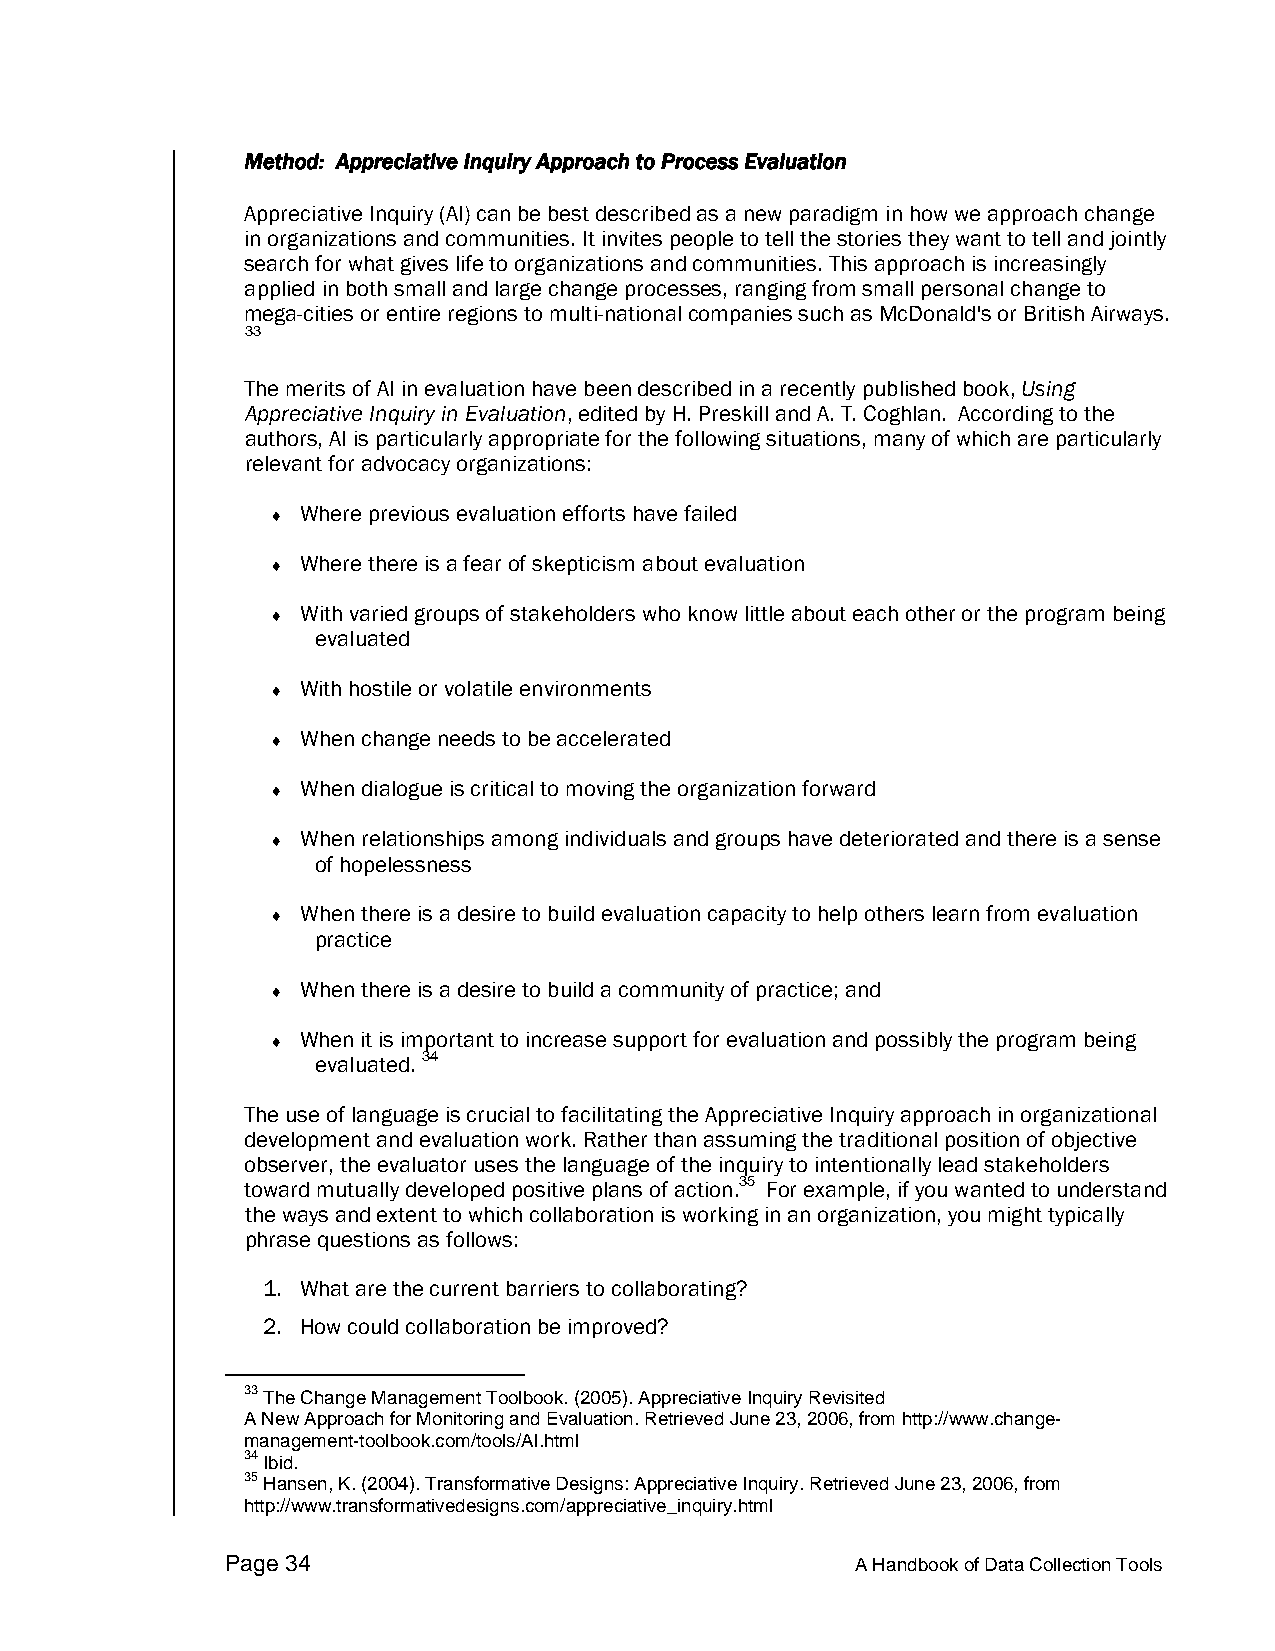
Method: Appreciative Inquiry Approach to Process Evaluation
 Appreciative Inquiry (AI) can be best described as a new paradigm in how we approach change
 in organizations and communities. It invites people to tell the stories they want to tell and jointly
 search for what gives life to organizations and communities. This approach is increasingly
 applied in both small and large change processes, ranging from small personal change to
 mega-cities or entire regions to multi-national companies such as McDonald's or British Airways.
 33
 The merits of AI in evaluation have been described in a recently published book, Using
 Appreciative Inquiry in Evaluation, edited by H. Preskill and A. T. Coghlan. According to the
 authors, AI is particularly appropriate for the following situations, many of which are particularly
 relevant for advocacy organizations:
 ♦ Where previous evaluation efforts have failed
 ♦ Where there is a fear of skepticism about evaluation
 ♦ With varied groups of stakeholders who know little about each other or the program being
 evaluated
 ♦ With hostile or volatile environments
 ♦ When change needs to be accelerated
 ♦ When dialogue is critical to moving the organization forward
 ♦ When relationships among individuals and groups have deteriorated and there is a sense
 of hopelessness
 ♦ When there is a desire to build evaluation capacity to help others learn from evaluation
 practice
 ♦ When there is a desire to build a community of practice; and
 ♦ When it is important to increase support for evaluation and possibly the program being
 evaluated. 34
 The use of language is crucial to facilitating the Appreciative Inquiry approach in organizational
 development and evaluation work. Rather than assuming the traditional position of objective
 observer, the evaluator uses the language of the inquiry to intentionally lead stakeholders
 toward mutually developed positive plans of action.35 For example, if you wanted to understand
 the ways and extent to which collaboration is working in an organization, you might typically
 phrase questions as follows:
 1. What are the current barriers to collaborating?
 2. How could collaboration be improved?
 33 The Change Management Toolbook. (2005). Appreciative Inquiry Revisited
 A New Approach for Monitoring and Evaluation. Retrieved June 23, 2006, from http://www.change-
 management-toolbook.com/tools/AI.html
 34 Ibid.
 35 Hansen, K. (2004). Transformative Designs: Appreciative Inquiry. Retrieved June 23, 2006, from
 http://www.transformativedesigns.com/appreciative_inquiry.html
 Page 34                                   A Handbook of Data Collection Tools